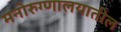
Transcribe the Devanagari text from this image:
मनोरुग्णालयातील